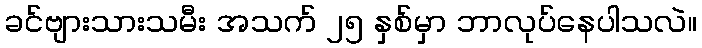
ခင်ဗျားသားသမီး အသက် ၂၅ နှစ်မှာ ဘာလုပ်နေပါသလဲ။